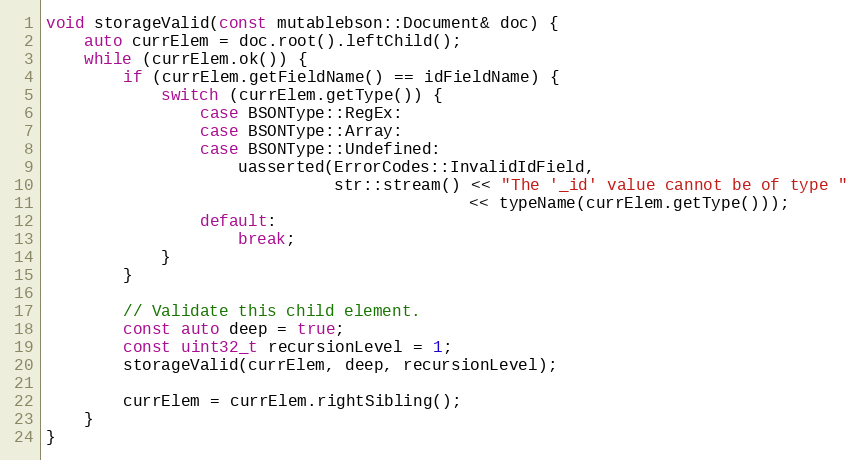
Language: C++
void storageValid(const mutablebson::Document& doc) {
    auto currElem = doc.root().leftChild();
    while (currElem.ok()) {
        if (currElem.getFieldName() == idFieldName) {
            switch (currElem.getType()) {
                case BSONType::RegEx:
                case BSONType::Array:
                case BSONType::Undefined:
                    uasserted(ErrorCodes::InvalidIdField,
                              str::stream() << "The '_id' value cannot be of type "
                                            << typeName(currElem.getType()));
                default:
                    break;
            }
        }

        // Validate this child element.
        const auto deep = true;
        const uint32_t recursionLevel = 1;
        storageValid(currElem, deep, recursionLevel);

        currElem = currElem.rightSibling();
    }
}